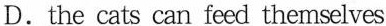
D.the cats can feed themselves